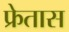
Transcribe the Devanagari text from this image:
फ्रेतास